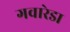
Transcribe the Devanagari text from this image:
गवारेडा